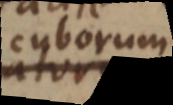
cyborum